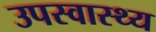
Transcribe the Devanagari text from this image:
उपस्‍वास्‍थ्‍य